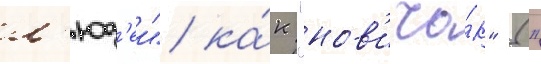
л'юд'еи" ка́к "нов'ичо́к" ("